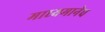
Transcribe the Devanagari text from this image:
माध्यमानेच